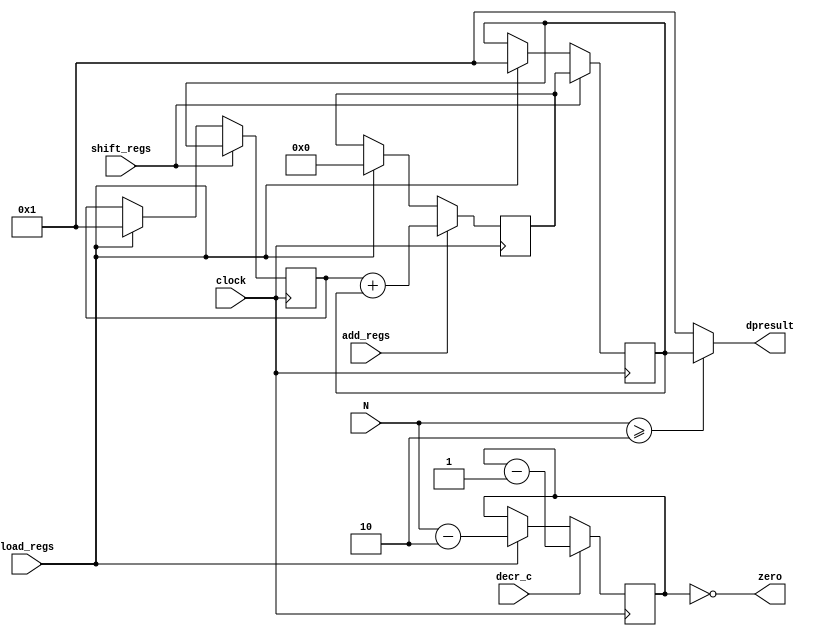
`timescale 1ns / 1ps

module Lab9DataPath#(parameter dpwidth = 13, countwidth = 5)
(
    output zero, output [dpwidth-1:0] dpresult,
    input load_regs, add_regs, shift_regs, decr_c, clock, input [4:0]N
);
    reg[dpwidth-1:0] n1, n2, temp;
    reg[countwidth-1:0] count;
   
assign dpresult = (N >= 2)? n2:1;
assign zero = (count == 0);
always @ (posedge clock) begin
    if(load_regs) begin
        n1 <= 1;
        n2 <= 1;
        temp <= 0;
        count <= N - 2;
    end
    if(add_regs) temp <= n1 + n2;
        if(shift_regs) begin    
            n1 <= n2;
            n2 <= temp;
        end
        if(decr_c) count <= count - 1;
    end
    
endmodule